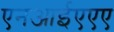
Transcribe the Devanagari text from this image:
एनआईएएए